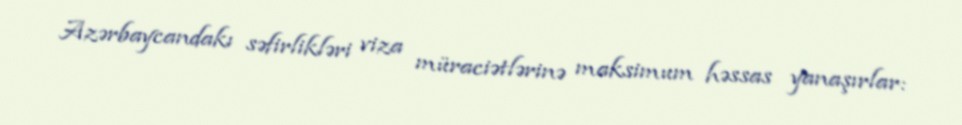
Azərbaycandakı səfirlikləri viza müraciətlərinə maksimum həssas yanaşırlar: